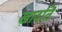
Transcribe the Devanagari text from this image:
खादति